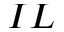
I L